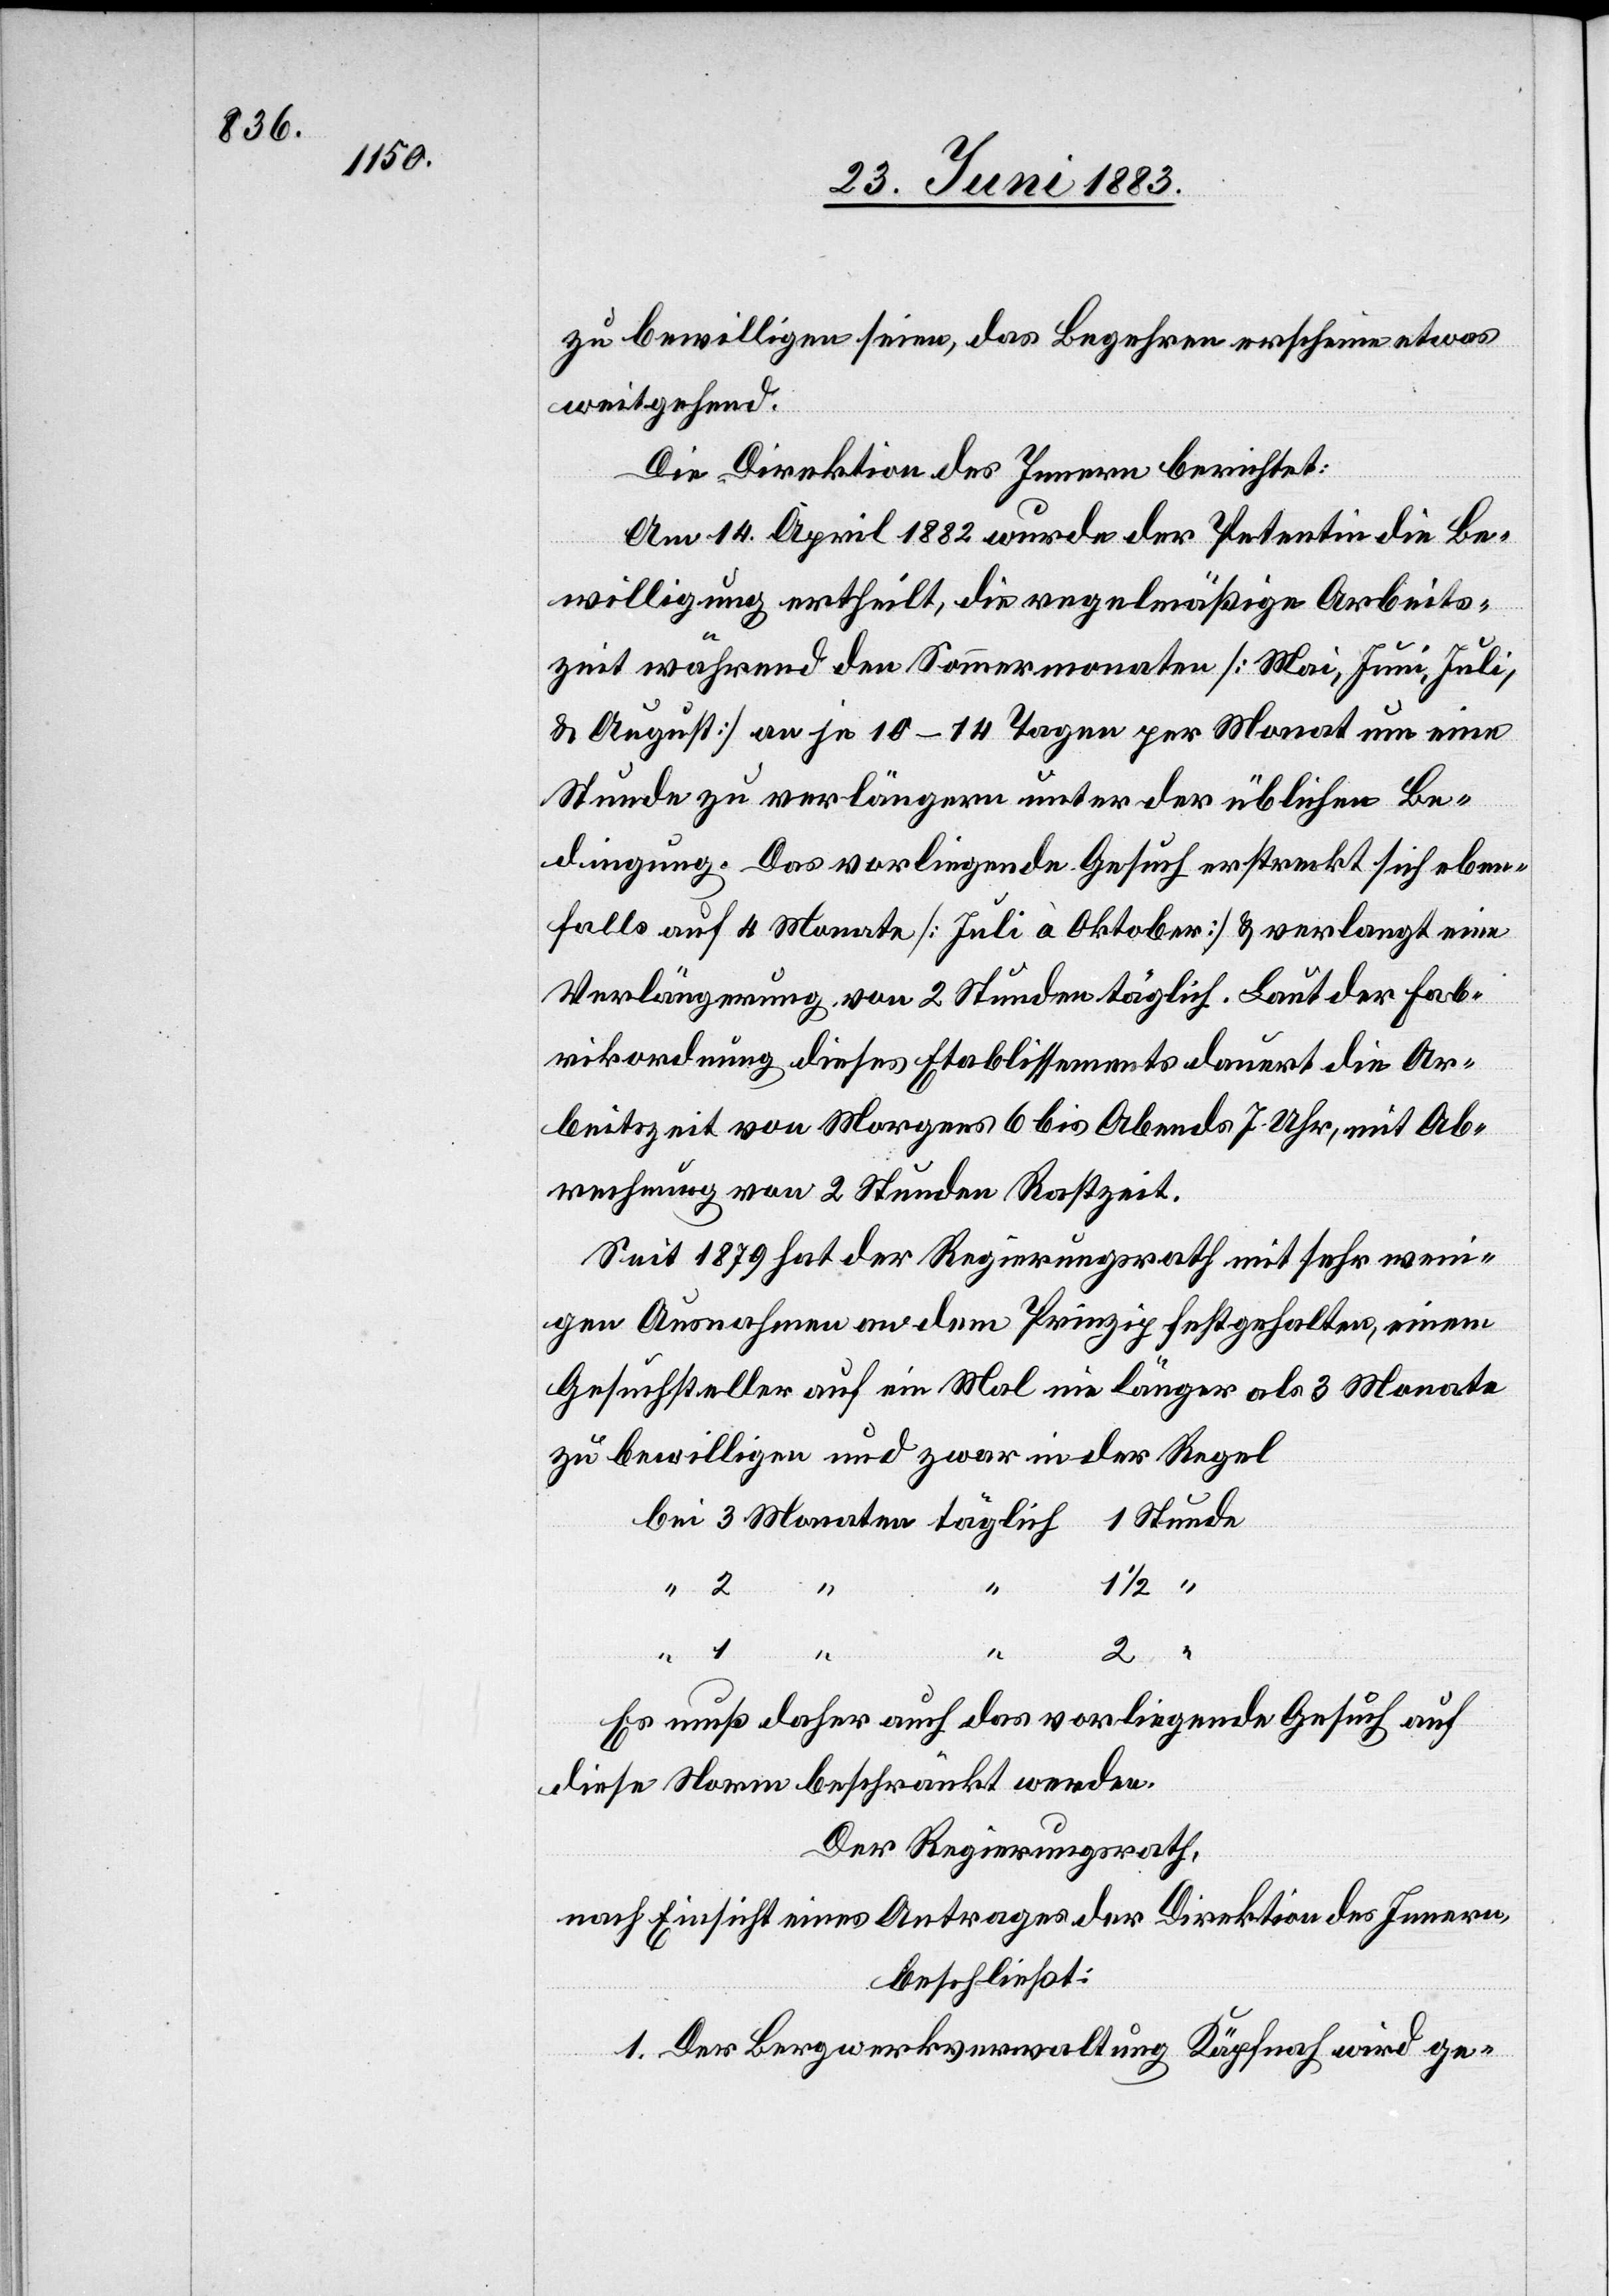
zu bewilligen seien, das Begehren erscheine etwas
weitgehend.
Die Direktion des Innern berichtet:
Am 14. April 1882 wurde der Petentin die Be¬
willigung ertheilt, die regelmäßige Arbeits¬
zeit während den Sommermonaten [Mai, Juni, Juli
& August] an je 10–14 Tagen per Monat um eine
Stunde zu verlängern unter der üblichen Be¬
dingung. Das vorliegende Gesuch erstreckt sich eben¬
falls auf 4 Monate [Juli à Oktober] & verlangt eine
Verlängerung von 2 Stunden täglich. Laut der Fab¬
rikordnung dieses Etablissements dauert die Ar¬
beitszeit von Morgens 6 bis Abends 7 Uhr, mit Ab¬
rechnung von 2 Stunden Rastzeit.
Seit 1879 hat der Regierungsrath mit sehr wen¬
igen Ausnahmen an dem Prinzip festgehalten, einen
Gesuchsteller auf ein Mal nie länger als 3 Monate
zu bewilligen und zwar in der Regel
bei 3 Monaten täglich 1 Stunde
1/2
“
“
1
2
Es muß daher auch das vorliegende Gesuch auf
diese Normen beschränkt werden.
Der Regierungsrath,
nach Einsicht eines Antrages der Direktion des Innern
beschließt:
1. Der Bergwerksverwaltung Käpfnach wird ge-